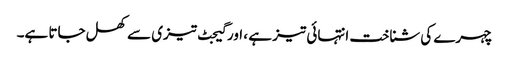
چہرے کی شناخت انتہائی تیز ہے ، اور گیجٹ تیزی سے کھل جاتا ہے۔